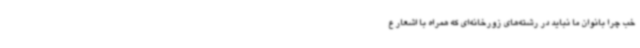
خب چرا بانوان ما نباید در رشته‌های زورخانه‌ای که همراه با اشعار ع